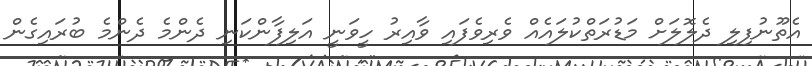
އެތޫނުފިލި ދެލޮލަށް މަޑުރަތްކުލައެއް ވެރިވެފައި ވާއިރު ހީވަނީ އަލިފާންކަނި ދެންމެ ދެންމެ ބުރައިގެން